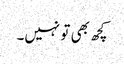
کچھ بھی تو نہیں۔